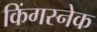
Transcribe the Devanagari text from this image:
किंगस्नेक